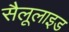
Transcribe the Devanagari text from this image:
सैलूलाइड